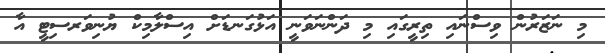
މި ނަޒަރުން ވިސްނައި ތިރީގައި މި ދަންނަވަނީ އަޅުގަނޑަށް އިސްލާމިކް ޔުނިވަރސިޓީ އާ